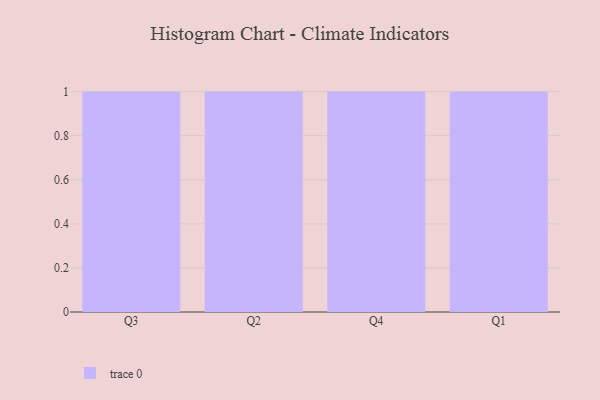
{"axis": {"x": "Quarter", "y": "Waste Production (Tons)"}, "legend": [""], "data": [{"x": "Q3", "y": 77, "type": ""}, {"x": "Q2", "y": 100, "type": ""}, {"x": "Q4", "y": 46, "type": ""}, {"x": "Q1", "y": 75, "type": ""}]}